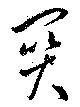
關